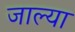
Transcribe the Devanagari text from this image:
जाल्या